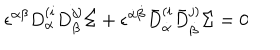
LaTeX: \epsilon ^ { \alpha \beta } D _ { \alpha } ^ { ( i } D _ { \beta } ^ { j ) } \Sigma + \epsilon ^ { \dot { \alpha } \dot { \beta } } \bar { D } _ { \dot { \alpha } } ^ { ( i } \bar { D } _ { \dot { \beta } } ^ { j ) } \Sigma = 0